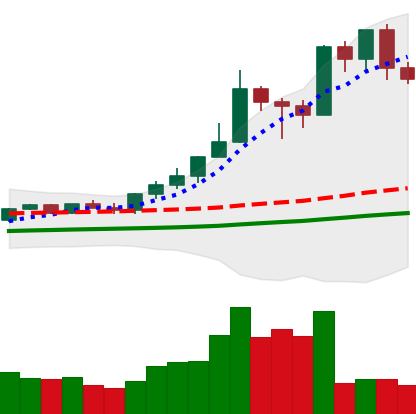
Ticker: XMR-USD
Chart end date: 2021-02-21
Forward return: -17.583%
Label: down_7plus